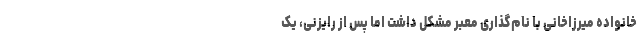
خانواده میرزاخانی با نام‌گذاری معبر مشکل داشت اما پس از رایزنی، یک